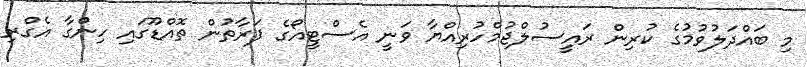
މި ބައްދަލުވުމުގެ ކުރިން ރައީސުލްޖުމްހުރިއްޔާ ވަނީ އެސްޓީއޯގެ ފަރާތުން ތޮއްޑޫގައި ހިންގާ އެގްރި